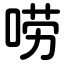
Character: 唠